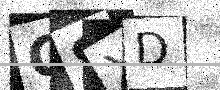
Text: GSXD